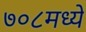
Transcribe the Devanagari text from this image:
७०८मध्ये